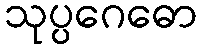
သုပ္ပဂေဓော